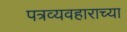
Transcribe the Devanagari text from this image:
पत्रव्यवहाराच्या